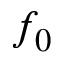
f _ { 0 }